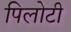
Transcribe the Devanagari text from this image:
पिलोटी